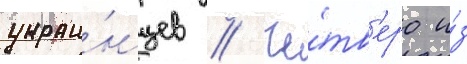
украи́нцев // Че́тв'еро и́з